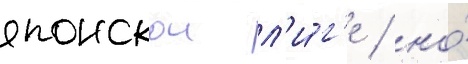
японскои л'и́г'е / но́